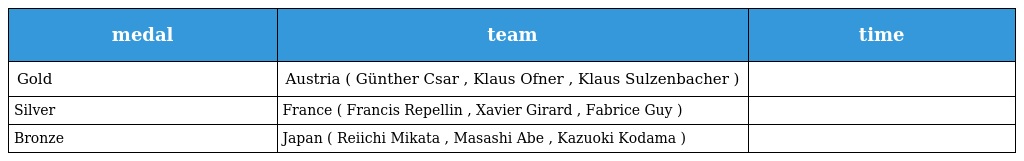
| medal | team | time |
 | --- | --- | --- |
 | Gold | Austria ( Günther Csar , Klaus Ofner , Klaus Sulzenbacher ) |  |
 | Silver | France ( Francis Repellin , Xavier Girard , Fabrice Guy ) |  |
 | Bronze | Japan ( Reiichi Mikata , Masashi Abe , Kazuoki Kodama ) |  |